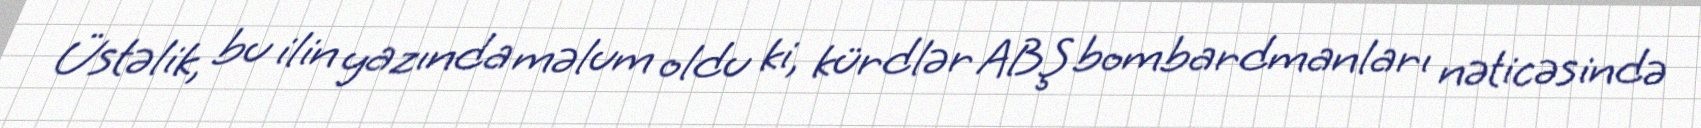
Üstəlik, bu ilin yazında məlum oldu ki, kürdlər ABŞ bombardmanları nəticəsində